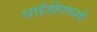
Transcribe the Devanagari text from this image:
आईडीएफसी